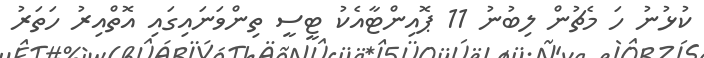
ކުޅުނު ހަ މެޗުން ލިބުނު 11 ޕޮއިންޓާއެކު ޓީސީ ތިންވަނައިގައި އޮތްއިރު ހަތަރު